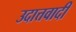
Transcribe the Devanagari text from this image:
उदात्तवादी